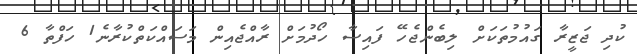
ކުދި ޖަޒީރާ ގައުމުތަކަށް ލިބެންޖެހޭ ފައިސާ ހޯދުމަށް ރާއްޖެއިން މަސައްކަތްކުރާނެ1 ހަފްތާ 6